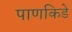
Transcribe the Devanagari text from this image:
पाणकिडे